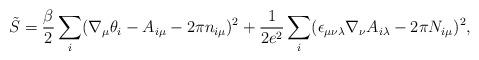
LaTeX: \begin{align*}\tilde{S}=\frac{\beta}{2}\sum_i(\nabla_{\mu}\theta_i-A_{i\mu}-2\pi n_{i\mu})^2+\frac{1}{2e^2}\sum_i(\epsilon_{\mu\nu\lambda}\nabla_\nu A_{i\lambda}-2\pi N_{i\mu})^2,\end{align*}